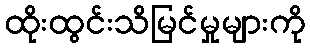
ထိုးထွင်းသိမြင်မှုများကို